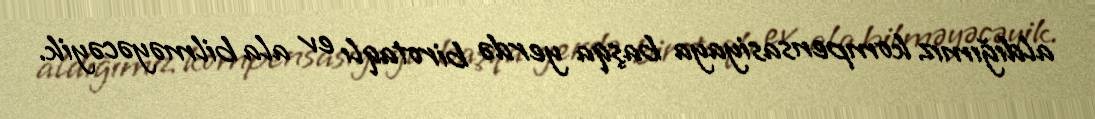
aldığımız kompensasiyaya başqa yerdə birotaqlı ev ala bilməyəcəyik.